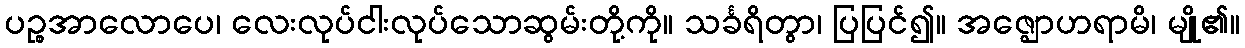
ပဉ္စအာလောပေ၊ လေးလုပ်ငါးလုပ်သောဆွမ်းတို့ကို။ သင်္ခရိတွာ၊ ပြပြင်၍။ အဇ္ဈောဟရာမိ၊ မျို၏။